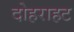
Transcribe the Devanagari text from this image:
दोहराहट